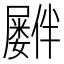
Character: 𪨠